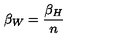
\beta _ { W } = \frac { \beta _ { H } } { n }